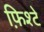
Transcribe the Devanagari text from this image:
फ़िश्टे